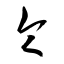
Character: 令